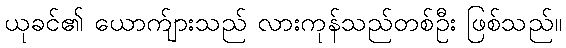
ယုခင်၏ ယောက်ျားသည် လားကုန်သည်တစ်ဦး ဖြစ်သည်။